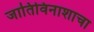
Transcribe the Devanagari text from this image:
जातिविनाशाचा